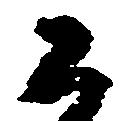
公